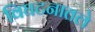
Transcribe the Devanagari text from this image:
विघटनातले